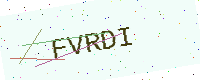
Text: FVRDI